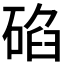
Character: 𥓒